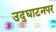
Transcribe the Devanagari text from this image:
उद्‌घाटनपर